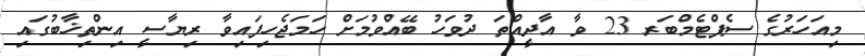
މިއަހަރުގެ ސެޕްޓެމްބަރ 23 ވާ އާދީއްތަ ދުވަހު ބޭއްވުމަށް ހަމަޖެހިފައިވާ ރިޔާސީ އިންތިޚާބުގައި